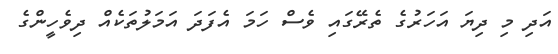
އަދި މި ދިޔަ އަހަރުގެ ތެރޭގައި ވެސް ހަމަ އެފަދަ އަމަލުތަކެއް ދިވެހީންގެ